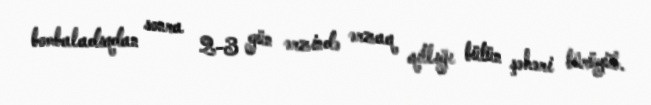
bombaladıqdan sonra 2-3 gün ərzində ərzaq qıtlığı bütün şəhəri bürüyüb.